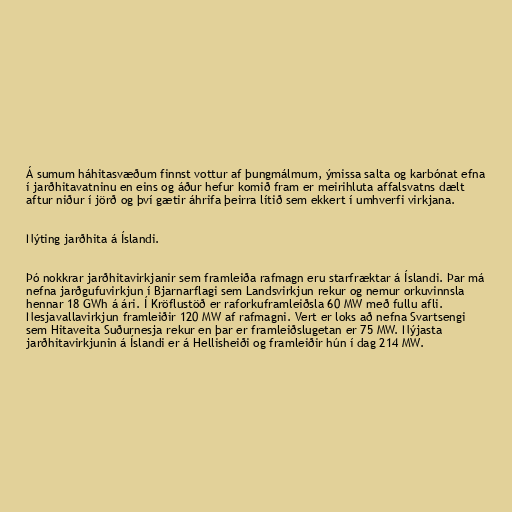
Á sumum háhitasvæðum finnst vottur af þungmálmum, ýmissa salta og karbónat efna
í jarðhitavatninu en eins og áður hefur komið fram er meirihluta affalsvatns dælt
aftur niður í jörð og því gætir áhrifa þeirra lítið sem ekkert í umhverfi virkjana.

Nýting jarðhita á Íslandi.

Þó nokkrar jarðhitavirkjanir sem framleiða rafmagn eru starfræktar á Íslandi. Þar má
nefna jarðgufuvirkjun í Bjarnarflagi sem Landsvirkjun rekur og nemur orkuvinnsla
hennar 18 GWh á ári. Í Kröflustöð er raforkuframleiðsla 60 MW með fullu afli.
Nesjavallavirkjun framleiðir 120 MW af rafmagni. Vert er loks að nefna Svartsengi
sem Hitaveita Suðurnesja rekur en þar er framleiðslugetan er 75 MW. Nýjasta
jarðhitavirkjunin á Íslandi er á Hellisheiði og framleiðir hún í dag 214 MW.